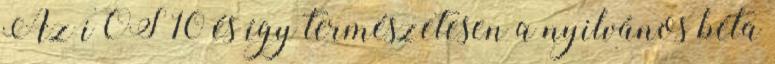
Az iOS 10 és így természetesen a nyilvános béta